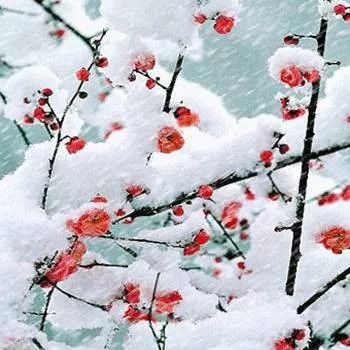
日暮诗成天又雪，与梅并作十分春。